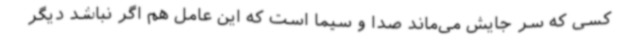
کسی که سر جایش می‌ماند صدا و سیما است که این عامل هم اگر نباشد دیگر